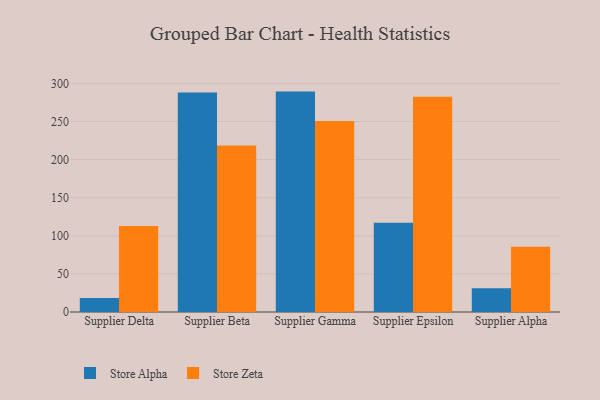
{"axis": {"x": "Supplier", "y": "Churn Rate (%)"}, "legend": ["Store Alpha", "Store Zeta"], "data": [{"x": "Supplier Delta", "y": 18.4, "type": "Store Alpha"}, {"x": "Supplier Delta", "y": 112.8, "type": "Store Zeta"}, {"x": "Supplier Beta", "y": 288.1, "type": "Store Alpha"}, {"x": "Supplier Beta", "y": 218.5, "type": "Store Zeta"}, {"x": "Supplier Gamma", "y": 289.2, "type": "Store Alpha"}, {"x": "Supplier Gamma", "y": 250.7, "type": "Store Zeta"}, {"x": "Supplier Epsilon", "y": 117.1, "type": "Store Alpha"}, {"x": "Supplier Epsilon", "y": 282.5, "type": "Store Zeta"}, {"x": "Supplier Alpha", "y": 31.1, "type": "Store Alpha"}, {"x": "Supplier Alpha", "y": 85.6, "type": "Store Zeta"}]}